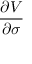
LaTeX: \frac { \partial V } { \partial \sigma }